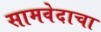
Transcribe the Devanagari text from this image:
सामवेदाचा